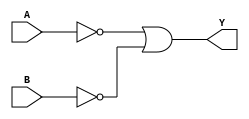
module xor_gate(
    input A,
    input B,
    output Y
);
    
    wire not_A, not_B;
    
    assign not_A = ~A;
    assign not_B = ~B;
    
    assign Y = not_A | not_B;

endmodule